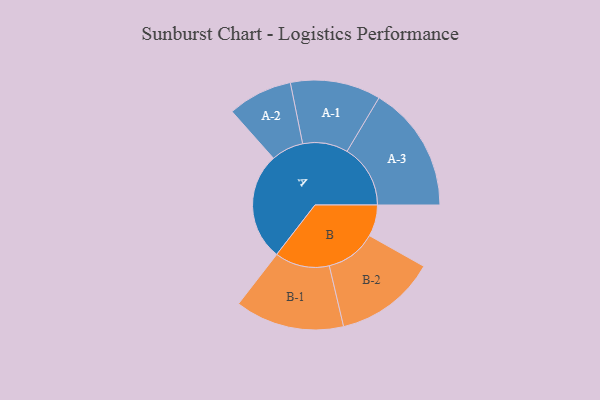
{"axis": {"x": "Segment", "y": "Value"}, "legend": ["", "A", "B"], "data": [{"x": "A", "y": 493, "type": ""}, {"x": "B", "y": 144, "type": ""}, {"x": "A-1", "y": 207, "type": "A"}, {"x": "A-2", "y": 148, "type": "A"}, {"x": "A-3", "y": 290, "type": "A"}, {"x": "B-1", "y": 250, "type": "B"}, {"x": "B-2", "y": 232, "type": "B"}]}